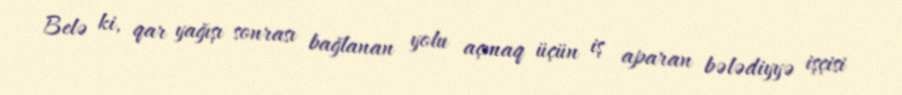
Belə ki, qar yağışı sonrası bağlanan yolu açmaq üçün iş aparan bələdiyyə işçisi